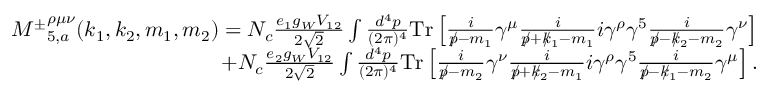
\begin{array} { r l r } & { } & { { M ^ { \pm } } _ { 5 , a } ^ { \rho \mu \nu } ( k _ { 1 } , k _ { 2 } , m _ { 1 } , m _ { 2 } ) = N _ { c } \frac { e _ { 1 } g _ { W } V _ { 1 2 } } { 2 \sqrt { 2 } } \int \frac { d ^ { 4 } p } { ( 2 \pi ) ^ { 4 } } \mathrm { { T r } } \left[ \frac { i } { p \! \! \! / - m _ { 1 } } \gamma ^ { \mu } \frac { i } { p \! \! \! / + k \! \! \! / _ { 1 } - m _ { 1 } } i \gamma ^ { \rho } \gamma ^ { 5 } \frac { i } { p \! \! \! / - k \! \! \! / _ { 2 } - m _ { 2 } } \gamma ^ { \nu } \right] } \\ & { } & { + N _ { c } \frac { e _ { 2 } g _ { W } V _ { 1 2 } } { 2 \sqrt { 2 } } \int \frac { d ^ { 4 } p } { ( 2 \pi ) ^ { 4 } } { \mathrm { T r } } \left[ \frac { i } { p \! \! \! / - m _ { 2 } } \gamma ^ { \nu } \frac { i } { p \! \! \! / + k \! \! \! / _ { 2 } - m _ { 1 } } i \gamma ^ { \rho } \gamma ^ { 5 } \frac { i } { p \! \! \! / - k \! \! \! / _ { 1 } - m _ { 2 } } \gamma ^ { \mu } \right] . } \end{array}